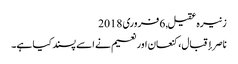
زنیرہ عقیل, ‏6 فروری 2018
ناصر إقبال، کنعان اور نعیم نے اسے پسند کیا ہے۔